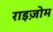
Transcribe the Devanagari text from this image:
राइज़ोम